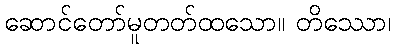
ဆောင်တော်မူတတ်ထသော။ တိဿော၊